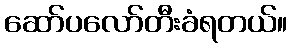
ဆော်ပလော်တီးခံရတယ်။